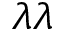
\lambda \lambda